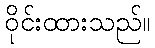
ဝိုင်းထားသည်။